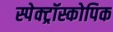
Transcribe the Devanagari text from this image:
स्पेक्ट्रॉस्कोपिक